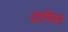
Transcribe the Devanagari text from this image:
दानिप्स